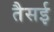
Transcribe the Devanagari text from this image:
तैसई